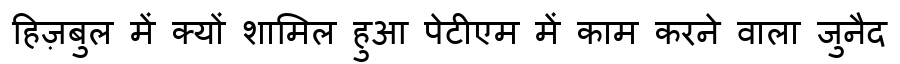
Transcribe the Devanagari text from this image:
हिज़बुल में क्यों शामिल हुआ पेटीएम में काम करने वाला जुनैद